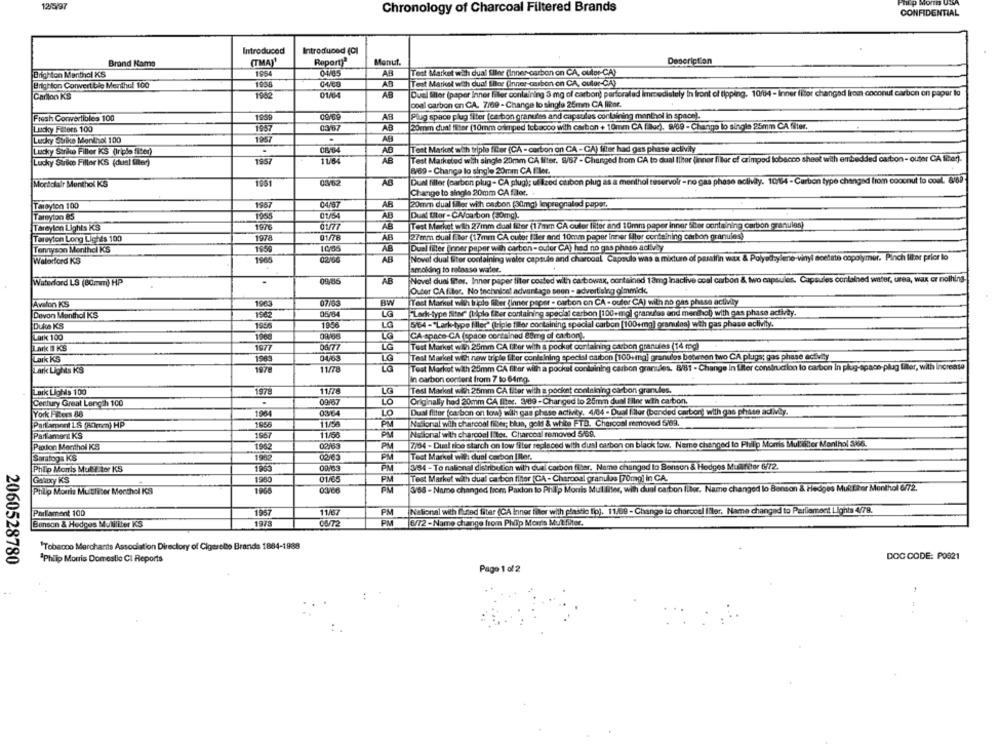
12/5/97
Chronology of Charcoal Filtered Brands
CONFIDENTIAL
Introduced
Introduced (CI
Report)"
Manuf.
Description
Brand Name
(TMAY'
Brighton Menthol KS
1954
04/05
AG
Test Market with dual filer (Inner-carbon on CA, ouler-CA)
AB
Brighton Convertible Menthol 100
1956
Test Market with dual Iiiler (Inner-carbon en CA, ouler-CA)
Carilon KS
1982
01/04
AB
Dual filter (paper Inner filter containing 3 mg of carbon) parforalad Immediately in front of tipping. 10/04 - Inner filter changed from coconut carbon on paper to
coal carbon en CA. 7/69 - Change to single 25mm CA For.
Fresh Convertibles 100
1959
AB
Plug space plug filter (cestion granules and capatilas containing monthel in space).
Lucky Fillers 100
1957
20mm dual fiber (10mm orimped tobacco with carbon + 10mm CA fluc), 9/69 - Chango lo single 25mm CA filter.
Lucky Strike Menthol 100
1957
AB
Lucky Strike Filler KS (triple filter)
Test Market with triple filter (CA - carbon on GA - GA) Eller had gas phase activity
Lucky Surice Filler KS (dual Eller)
1967
11/84
Test Marketed with single 20mm CA liter. 8/67 - Changed from CA to dual Iliter finner filer of crimpod tobacco sheet with embedded carton- outer CA Iled).
869 - Change lo single 20mm CA Fler.
Dual filter (carbon plug - CA plug); utilized csibon plug as a menthol reservoir - no gas phase aclivy. 1014 - Carbon type changed from coconut to conl. 669"
Montoktir Menthol KS
1981
03/62
AB
Change to single 20mm CA filet.
04/57
Tarayton 100
1967
AB
20mm dual filer with carbon (30mg) lenpregnated paper,
Tareyion 85
1955
01/54
AB
Duat Ultor- CA/carton (50mg).
Test Mærket wth 27mm dual Iiher (17mm CA ouler liter and 10mm paper inner Siber containing carbon granules)
Toreylen Lights KS
1976
AB
Tareyton Long Lignes 100
1978
AB
27mm dual fiber (17mm CA cuter Biler and 10mm paper inner flor containing carbon granules)
AB
Duel filler (nner paper wilh carton - culer CA) hed no gas phase activity
Tennyson Menthol KS
1950
Waterford KS
1966
AB
Novel dual liter containing waler capsule and charcoal Capsule was a mixture of paraffin wax & Polyethylene-vinyl moetirte copolymer. Pinch Iter prior lo
amolding to release water.
Novel dual filter. Inner paper titer coated with cabowax, contained 18mg inaclive ccal carbon & two capsules. Capsules contained water, urea, wax or nothing
Waterford LS (80mm) HP
09/86
AB
Outer CA fitor. No techniont advantage seen - advertising gimmick.
Avalon KS
1963
07/63
BW
Test Market with incle filler (inner peper - carton on CA - outer CA) with no gas phase activity
Devon Menthol KS
1962
05/64
LG
"Lark-type Siter" (Liplo fter containing special carbon |100+mg) granulos and menthol) with gas phase activay.
LG
5/64-"Lark-type files" (triple filer containing special carbon [100+mg) granulaa) with gas phase activity.
Duke KS
1966
Lark 100
1000
CA space-CA (space contained êtmg of ci tion).
LG
Test Morket win 25mm CA for with a pocket containing casbon granules (14 mg)
Lark B KS
1977
Lark KS
1963
04/63
LG
Test Market wich new triple filter conlelning special carbon [100+mal granules betesen two CA plugs; gas phase activity
Lark Lights KS
197
11/78
Test Market with 25mm CA fiber with a pocket containing carbon granules. 8/81 - Change in Ller construction lo carbon in plug-space-plug filter, with increase
La
In carbon content from 7 to 64mg.
Lark Lights 100
1978
11/78
LG
Tesi Market with 25mm CA fiber with a pocket containing carbon granules.
Century Great Length 100
09/67
LO
Originally hod 20mm CA Itter. 3/89 -Changed to 25mm dual Eller with carbon.
York Fibers 88
196
0364
LO
Dusi filter (carbon on low) with cas phase activity. 4/64 - Dual filler (bended carbor) with gas phase adivey.
Parliament 1.8 (A0mm) HP
1950
11/56
PM
Nasonal with charcoal fiber; blue, gold & white FTD. Charcosi removed 5/69.
Parliament KS
1967
11/56
PM
National with charcoal Iter, Charcoal removed 5/68.
7/94 - Dual tice starch on low filter replaced with dusi carbon on black low. Name changed to Phillip Morris Multilter Monihol 3456.
Paxton Menthol KS
1902
02/63
PM
Saratoga KS
PM
Test Market with dual cabon Iller.
334 -To national distribution with dual carbon fiber. Name changed lo Banson & Hedges Muafiter 6/72.
Philip Morris Mulit tor KS
PM
Galaxy KS
1950
01/65
PM
Test Market with dual carbon filhor (CA - Charcoal granulos [70mag] in CA.
388 - Name changed from Paxton to Philip Morris Mulliliter, with dual carbon fiber. Name changed lo Benson & Hedges Multier Menthol 6/72.
Philip Morris Mustser Menthol KS
PM
1957
11/57
National with fried filter (CA Inner filter with plastic fip). 11/69 - Change to charcoal filer. Name changed to Parliament Lights 4/78.
Parlament 100
PM
Benson & Hedges Mulliliter KS
1973
08/72
PM
6/72 -Name change from Philip Morris Mut filter.
'Tobacco Merchants Association Directory of Cigarello Brands 1884-1988
DOC CODE: P0621
2060528780
1Philip Morris Domestic Cl Reports
Page 1 of 2